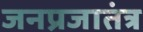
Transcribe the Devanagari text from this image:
जनप्रजातंत्र